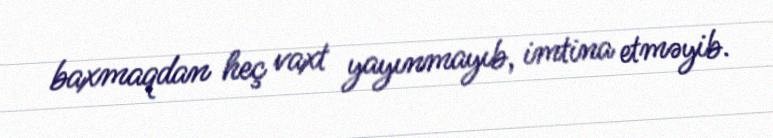
baxmaqdan heç vaxt yayınmayıb, imtina etməyib.